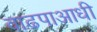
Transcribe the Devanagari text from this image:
वाढपाआधी